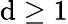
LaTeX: \mathrm{d}\geq1